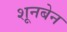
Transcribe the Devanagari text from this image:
शूनबेन